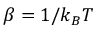
\beta = 1 / k _ { B } T